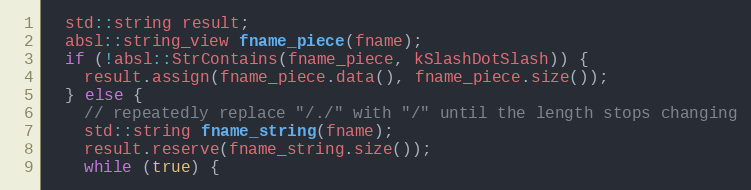
Language: C++
  std::string result;
  absl::string_view fname_piece(fname);
  if (!absl::StrContains(fname_piece, kSlashDotSlash)) {
    result.assign(fname_piece.data(), fname_piece.size());
  } else {
    // repeatedly replace "/./" with "/" until the length stops changing
    std::string fname_string(fname);
    result.reserve(fname_string.size());
    while (true) {